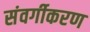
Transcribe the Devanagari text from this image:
संवर्गीकरण